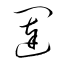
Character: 闥